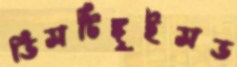
ডিসটিঙ্গুইসড